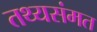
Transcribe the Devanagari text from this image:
तथ्यसंमत